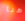
هيا